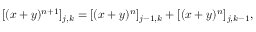
[ ( x + y ) ^ { n + 1 } ] _ { j , k } = [ ( x + y ) ^ { n } ] _ { j - 1 , k } + [ ( x + y ) ^ { n } ] _ { j , k - 1 } ,